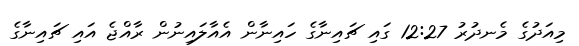
މިއަދުގެ މެނދުރު 12:27 ގައި ޗައިނާގެ ހައިނާން އެއާލައިނުން ރާއްޖެ އައި ޗައިނާގެ